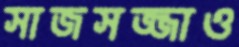
সাজসজ্জাও